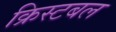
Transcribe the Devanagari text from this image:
क्रिस्टबल